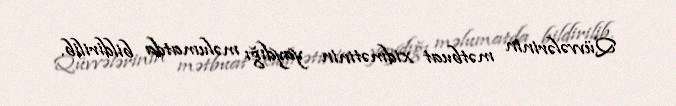
Qüvvələrinin mətbuat xidmətinin yaydığı məlumatda bildirilib.